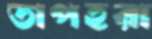
তাপহরা